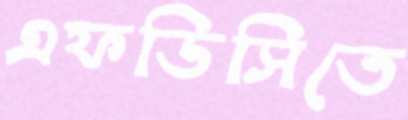
এফডিসিতে